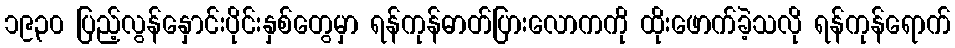
၁၉၃၀ ပြည့်လွန်နှောင်းပိုင်းနှစ်တွေမှာ ရန်ကုန်ဓာတ်ပြားလောကကို ထိုးဖောက်ခဲ့သလို ရန်ကုန်ရောက်